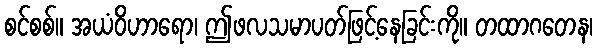
စင်စစ်။ အယံဝိဟာရော၊ ဤဖလသမာပတ်ဖြင့်နေခြင်းကို။ တထာဂတေန၊